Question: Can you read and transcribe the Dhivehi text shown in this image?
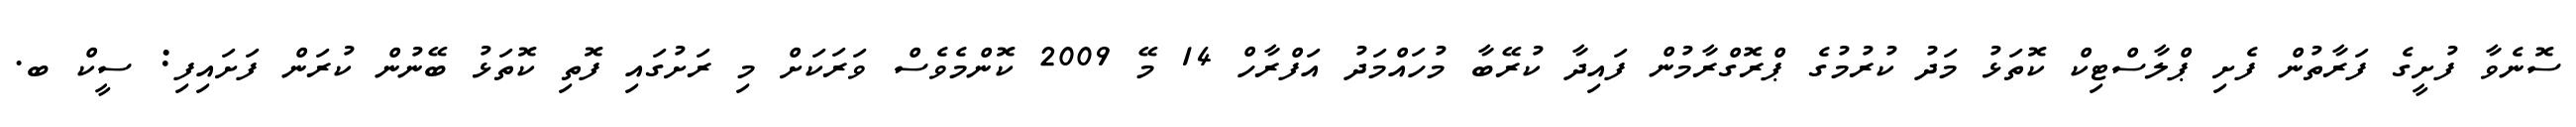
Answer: ސޮނެވާ ފުށީގެ ފަރާތުން ފެށި ޕްލާސްޓިކް ކޮތަޅު މަދު ކުރުމުގެ ޕްރޮގްރާމުން ފައިދާ ކުރޭބާ މުހައްމަދު އަފްރާހް 14 މޭ 2009 ކޮންމެވެސް ވަރަކަށް މި ރަށުގައި ފޮތި ކޮތަޅު ބޭނުން ކުރަން ފަށައިފި: ސީކް ބ.